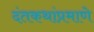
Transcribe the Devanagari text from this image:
दंतकथांप्रमाणे